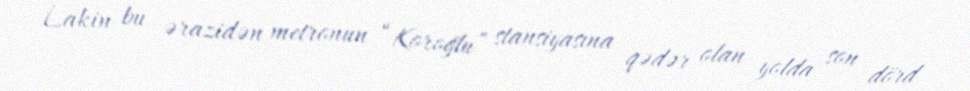
Lakin bu ərazidən metronun “Koroğlu” stansiyasına qədər olan yolda son dörd